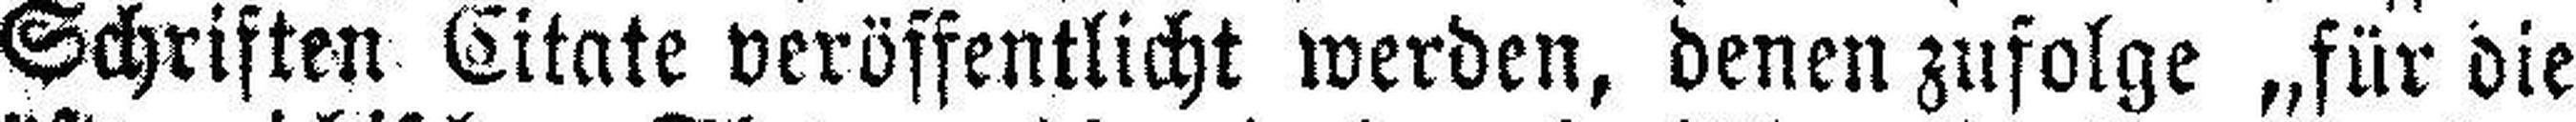
Schriften Citate veröffentlicht werden, denen zufolge „für die